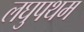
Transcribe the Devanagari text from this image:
लघुपथम